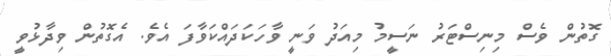
ގޮތުން ވެސް މިނިސްޓަރު ނަސީމު މިއަދު ވަނީ ވާހަކަދައްކަވާފަ އެވެ. އެގޮތުން ވިދާޅުވީ